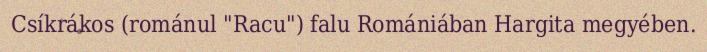
Csíkrákos (románul "Racu") falu Romániában Hargita megyében.